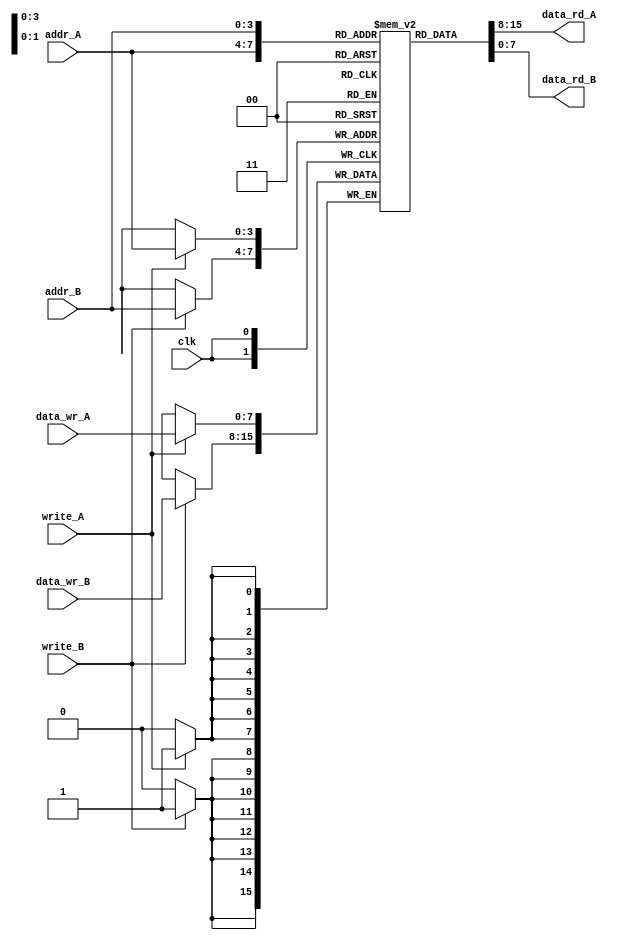
module sram_dp_asyncread #(parameter WIDTH=8, parameter DEPTH=16,
                            parameter DEPTH_LOG=$clog2(DEPTH)) (clk, write_A,write_B,
                             addr_A,addr_B, data_wr_A, data_wr_B, data_rd_A, data_rd_B);

input clk;
input write_A, write_B;
input [DEPTH_LOG-1:0] addr_A, addr_B;
input [WIDTH-1:0] data_wr_A, data_wr_B;
output [WIDTH-1:0] data_rd_A, data_rd_B;

//Define the SRAM Array
reg [WIDTH-1:0] ram [0:DEPTH-1];

//Write is Synchronous
always @(posedge clk) begin    
        if(write_A)
            ram[addr_A] <= data_wr_A;
        if(write_B)
            ram[addr_B] <= data_wr_B;
end

//Read is Asynchronous
assign data_rd_A = ram[addr_A];
assign data_rd_B = ram[addr_B];

endmodule